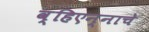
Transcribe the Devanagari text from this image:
व्हिएन्नाचे